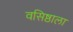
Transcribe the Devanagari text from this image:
वसिष्ठाला